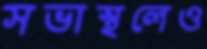
সভাস্থলেও